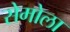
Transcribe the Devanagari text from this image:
सेमोला